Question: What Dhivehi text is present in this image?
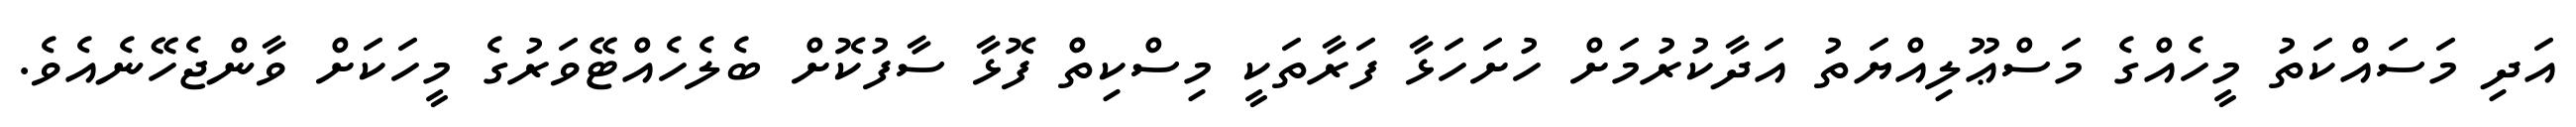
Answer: އަދި މަސައްކަތު މީހެއްގެ މަސްޢޫލިއްޔަތު އަދާކުރުމަށް ހުށަހަޅާ ފަރާތަކީ މިސްކިތް ފޮޅާ ސާފުކޮށް ބެލެހެއްޓޭވަރުގެ މީހަކަށް ވާންޖެހޭނެއެވެ.